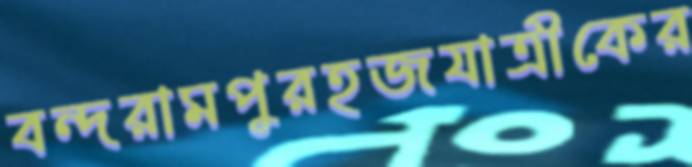
বন্দরামপুরহজযাত্রীকের